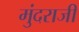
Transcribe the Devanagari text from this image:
मुंदराजी